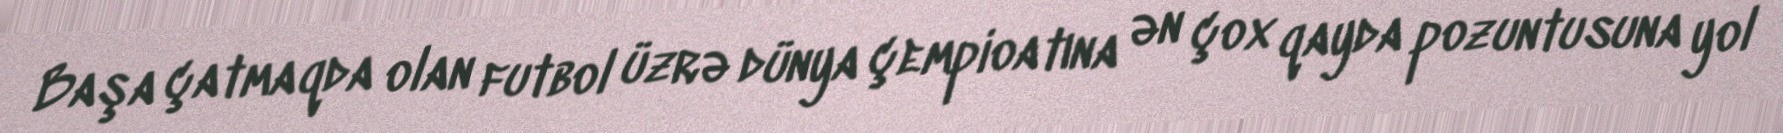
Başa çatmaqda olan futbol üzrə dünya çempioatına ən çox qayda pozuntusuna yol